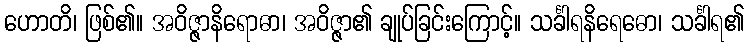
ဟောတိ၊ ဖြစ်၏။ အဝိဇ္ဇာနိရောဓာ၊ အဝိဇ္ဇာ၏ ချုပ်ခြင်းကြောင့်။ သင်္ခါရနိရေဓော၊ သင်္ခါရ၏